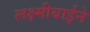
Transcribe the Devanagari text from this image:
लक्ष्मीबाईने